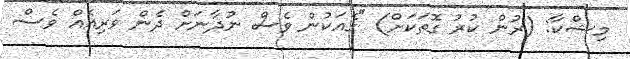
މިޝްކާ: (ރުން ކުރު ގޮތަކަށް) "ގެއަކުން ވެސް ނުދާނަށް ދެން ވަރިއެއް ވެސް